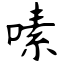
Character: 嗉